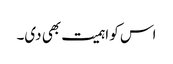
اس کو اہمیت بھی دی۔